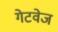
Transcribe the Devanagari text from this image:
गेटवेज